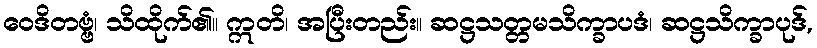
ဝေဒိတဗ္ဗံ၊ သိထိုက်၏။ ဣတိ၊ အပြီးတည်း။ ဆဋ္ဌသတ္တမသိက္ခာပဒံ၊ ဆဋ္ဌသိက္ခာပုဒ်,